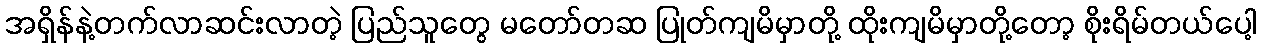
အရှိန်နဲ့တက်လာဆင်းလာတဲ့ ပြည်သူတွေ မတော်တဆ ပြုတ်ကျမိမှာတို့ ထိုးကျမိမှာတို့တော့ စိုးရိမ်တယ်ပေါ့